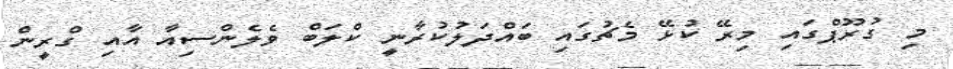
މި ގުރޫޕްގައި މިރޭ ކުޅޭ މެޗުގައި ބައްދަލުކުރާނީ ކްލަބް ވެލެންސިއާ އާއި ގްރީން